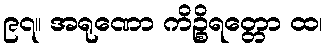
၉၇။ အရုဏော ကိဉ္စိရတ္တော ထ၊